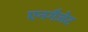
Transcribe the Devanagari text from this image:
एनगैजेट